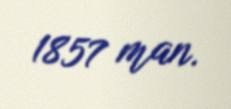
1857 man.